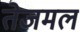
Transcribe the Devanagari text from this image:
तेजमल